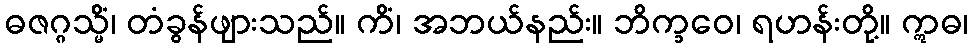
ဓဇဂ္ဂသ္မိံ၊ တံခွန်ဖျားသည်။ ကိံ၊ အဘယ်နည်း။ ဘိက္ခဝေ၊ ရဟန်းတို့။ ဣဓ၊